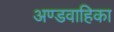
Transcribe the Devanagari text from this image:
अण्डवाहिका